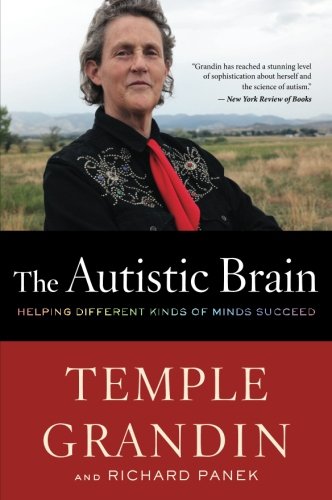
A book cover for The Autistic Brain: Helping Different Kinds of Minds Succeed; Temple Grandin; Parenting & Relationships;